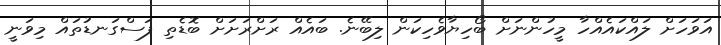
އަވަހަށް ލައްކައެއްހާ މީހުންނަށް ބޯހިޔާވެހިކަން ލިބޭނެ. ބައެއް ރަށްރަށަށް ބޮޑެތި ފަސްގަނޑުތައް މިވަނީ